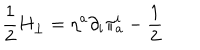
\frac { 1 } { 2 } H _ { \perp } = \eta ^ { a } \partial _ { i } \pi _ { a } ^ { i } - \frac { 1 } { 2 }